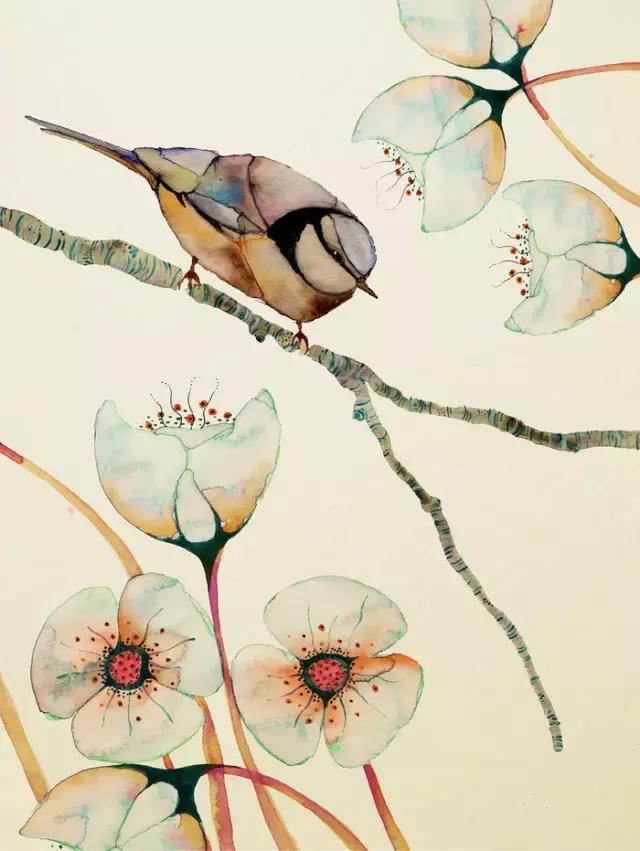
驱鸡上树木，始闻叩柴荆。